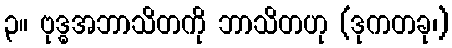
၃။ ဗုဒ္ဓအဘာသိတကို ဘာသိတဟု (ဒုကတခု၊)